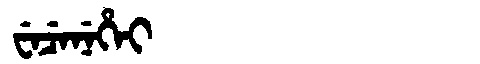
Manchu: ᠸᡝᠴᡝᠨᡝᡥᡝᡳ
Romanization: WECENEHEI